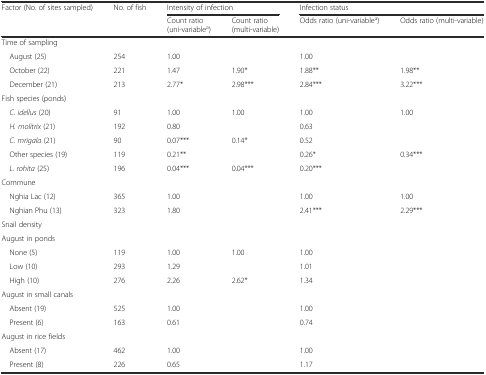
| Factor (No. of sites sampled) | No. of fish | <COLSPAN=2> Intensity of infection | <COLSPAN=2> Infection status |
 |  |  | Count ratio (uni-variablea) | Count ratio (multi-variable) | Odds ratio (uni-variablea) | Odds ratio (multi-variable) |
 | --- | --- | --- | --- | --- | --- |
 | Time of sampling |  |  |  |  |  |
 | August (25) | 254 | 1.00 |  | 1.00 |  |
 | October (22) | 221 | 1.47 | 1.90* | 1.88** | 1.98** |
 | December (21) | 213 | 2.77* | 2.98*** | 2.84*** | 3.22*** |
 | Fish species (ponds) |  |  |  |  |  |
 | C. idellus (20) | 91 | 1.00 | <ROWSPAN=2> 1.00 | 1.00 | <ROWSPAN=3> 1.00 |
 | H. molitrix (21) | 192 | 0.80 | 0.63 |
 | C. mrigala (21) | 90 | 0.07*** | <ROWSPAN=2> 0.14* | 0.52 |
 | Other species (19) | 119 | 0.21** | 0.26* | <ROWSPAN=2> 0.34*** |
 | L. rohita (25) | 196 | 0.04*** | 0.04*** | 0.20*** |
 | Commune |  |  |  |  |  |
 | Nghia Lac (12) | 365 | 1.00 |  | 1.00 | 1.00 |
 | Nghian Phu (13) | 323 | 1.80 |  | 2.41*** | 2.29*** |
 | Snail density |  |  |  |  |  |
 | August in ponds |  |  |  |  |  |
 | None (5) | 119 | 1.00 | <ROWSPAN=2> 1.00 | 1.00 |  |
 | Low (10) | 293 | 1.29 | 1.01 |  |
 | High (10) | 276 | 2.26 | 2.62* | 1.34 |  |
 | August in small canals |  |  |  |  |  |
 | Absent (19) | 525 | 1.00 |  | 1.00 |  |
 | Present (6) | 163 | 0.61 |  | 0.74 |  |
 | August in rice fields |  |  |  |  |  |
 | Absent (17) | 462 | 1.00 |  | 1.00 |  |
 | Present (8) | 226 | 0.65 |  | 1.17 |  |